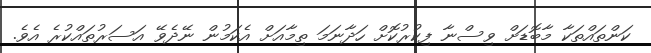
ކަންތައްތަކާ މާބޮޑަށް ވިސްނާ ފިކުރުކޮށް ހަދާނަމަ ތިމާއަށް އެކަމުން ނޭދެވޭ އަސަރުތައްކުރެ އެވެ.